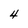
Character: 4